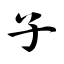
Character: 子